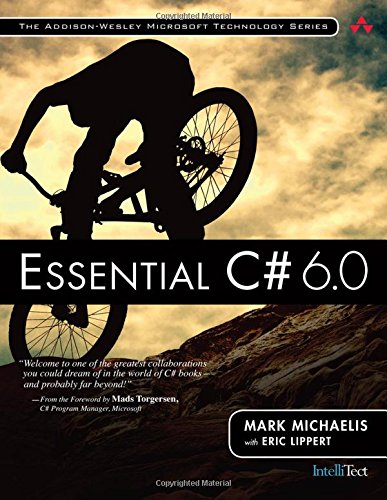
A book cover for Essential C# 6.0 (5th Edition) (Addison-Wesley Microsoft Technology Series); Mark Michaelis; Computers & Technology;